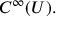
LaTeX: C ^ { \infty } ( U ) .